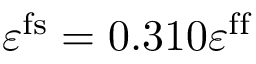
\varepsilon ^ { \mathrm { f s } } = 0 . 3 1 0 \varepsilon ^ { \mathrm { f f } }